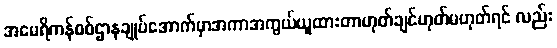
အမေရိကန်စစ်ဌာနချုပ်အောက်မှာအကာအကွယ်ယူထားတာဟုတ်ချင်ဟုတ်မဟုတ်ရင် လည်း